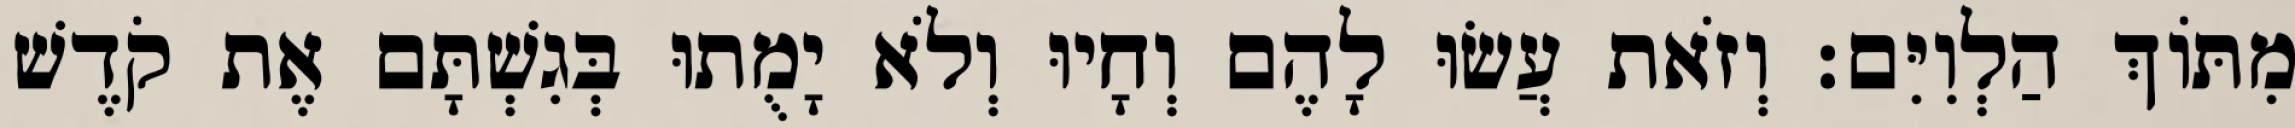
מִתּוֹךְ הַלְוִיִּם׃ וְזֹאת עֲשׂוּ לָהֶם וְחָיוּ וְלֹא יָמֻתוּ בְּגִשְׁתָּם אֶת קֹדֶשׁ